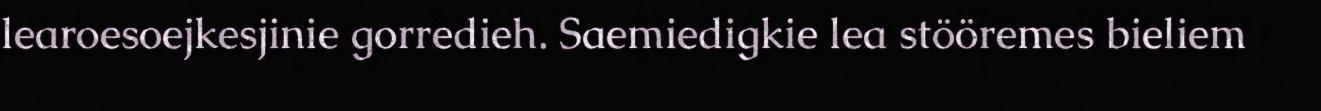
learoesoejkesjinie gorredieh. Saemiedigkie lea stööremes bieliem